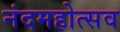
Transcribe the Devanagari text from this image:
नंदमहोत्सव